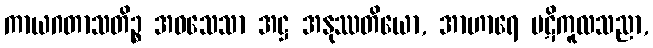
ကာယဂတာသတိဉ္စ အဝသေသာ အဋ္ဌ အနုဿတိယော, အာဟာရေ ပဋိကူလသညာ,